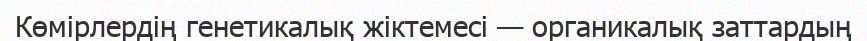
Көмірлердің генетикалық жіктемесі — органикалық заттардың